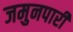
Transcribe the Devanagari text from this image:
जमुनपारी